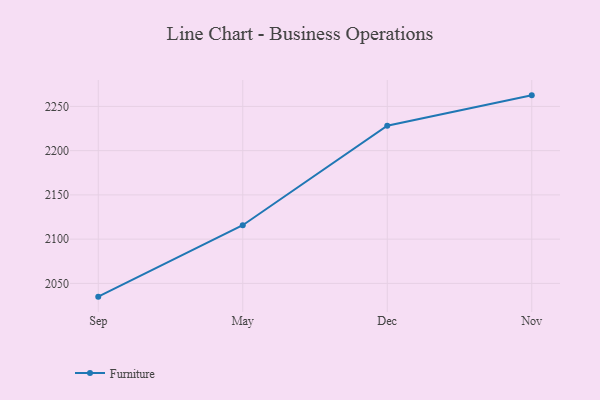
{"axis": {"x": "Month", "y": "Revenue (USD Million)"}, "legend": ["Furniture"], "data": [{"x": "Sep", "y": 2035.0, "type": "Furniture"}, {"x": "May", "y": 2115.7, "type": "Furniture"}, {"x": "Dec", "y": 2228.2, "type": "Furniture"}, {"x": "Nov", "y": 2262.5, "type": "Furniture"}]}